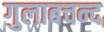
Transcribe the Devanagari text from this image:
गुलाबचन्द